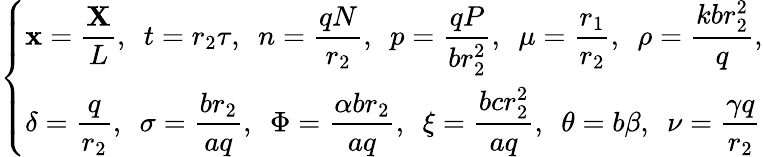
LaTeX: \left\{ \begin{array}{ll}{\mathbf x=\displaystyle\frac{\mathbf X}{L},\, \, \, t=r_{2}\tau,\, \, \, n=\displaystyle\frac{qN}{r_{2}},\, \, \, p=\displaystyle\frac{qP}{br_{2}^{2}},\, \, \, \mu=\displaystyle\frac{r_{1}}{r_{2}},\, \, \, \rho=\displaystyle\frac{kbr_{2}^{2}}{q},}\\ {\delta=\displaystyle\frac{q}{r_{2}},\, \, \, \sigma=\displaystyle\frac{br_{2}}{aq},\, \, \, \Phi=\displaystyle\frac{\alpha br_{2}}{aq},\, \, \, \xi=\displaystyle\frac{bcr_{2}^{2}}{aq},\, \, \, \theta=b\beta,\, \, \, \nu=\displaystyle\frac{\gamma q}{r_{2}}}\end{array}\right.